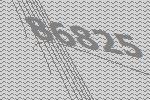
86825